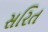
સરિત